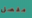
مفصل